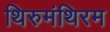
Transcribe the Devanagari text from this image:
थिरुमंथिरम